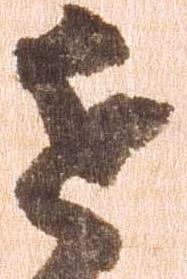
近